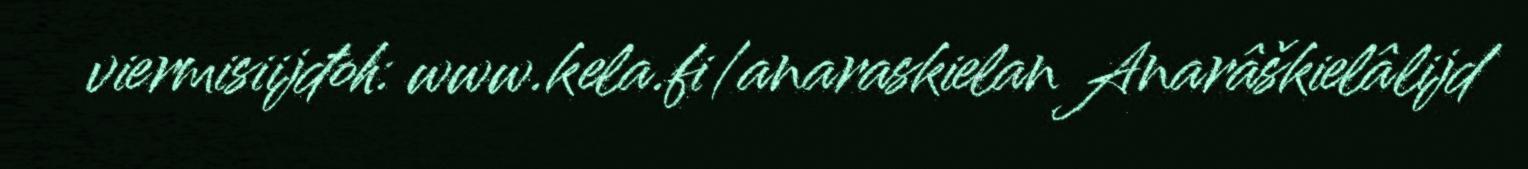
viermisiijđoh: www.kela.fi/anaraskielan Anarâškielâlijd